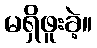
မရှိဖူးခဲ့။